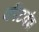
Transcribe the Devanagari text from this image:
कीटवंश